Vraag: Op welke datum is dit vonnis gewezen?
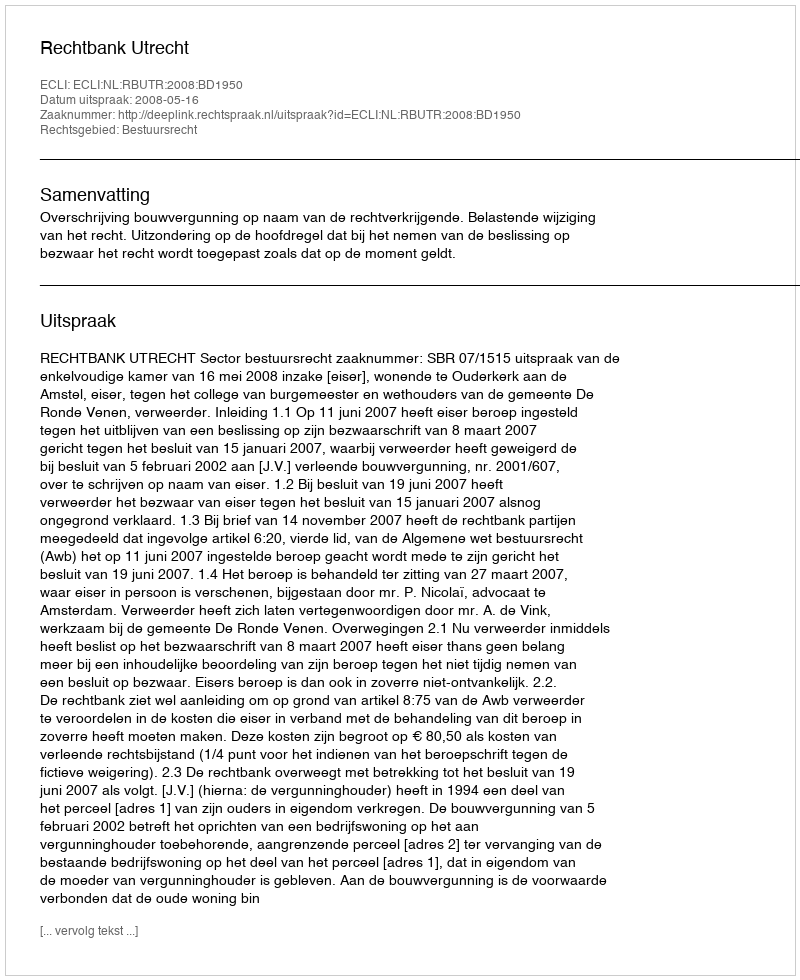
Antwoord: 2008-05-16